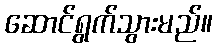
ဆောင်ရွက်သွားမည်။